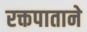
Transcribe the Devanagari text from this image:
रक्तपाताने